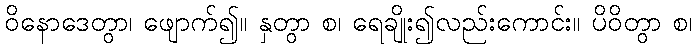
ဝိနောဒေတွာ၊ ဖျောက်၍။ နှတွာ စ၊ ရေချိုး၍လည်းကောင်း။ ပိဝိတွာ စ၊